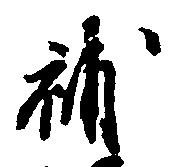
補